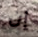
إن